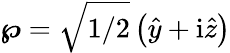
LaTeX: \boldsymbol{\wp}=\sqrt{1/2}\left(\hat{y}+\mathrm{i}\hat{z}\right)